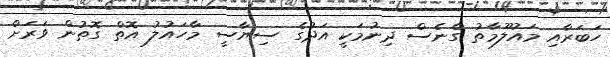
ހަބަރާއި މައުލޫމާތު ގެނެސް ދިނުމަކީ އަދުގެ ސިޔާސީ މާހައުލު އޮތް ގޮތުން ވަރަށް